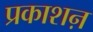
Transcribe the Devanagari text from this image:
प्रकाशऩ